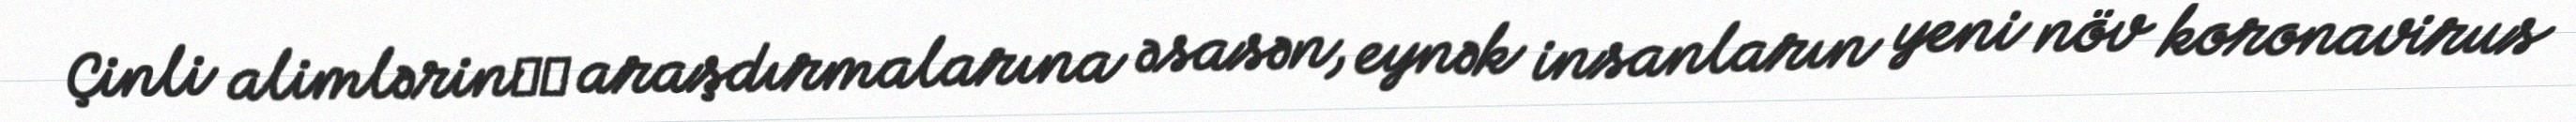
Çinli alimlərinшт araşdırmalarına əsasən, eynək insanların yeni növ koronavirus